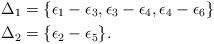
LaTeX: \begin{align*}\Delta_1 &= \{\epsilon_1-\epsilon_3, \epsilon_3-\epsilon_4, \epsilon_4-\epsilon_6\} \\\Delta_2 &= \{\epsilon_2-\epsilon_5\}.\end{align*}